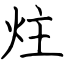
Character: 炷